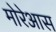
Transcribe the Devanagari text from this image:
मोरेआस